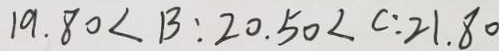
1 9 . 8 0 < B : 2 0 . 5 0 < C : 2 1 . 8 0